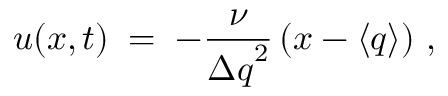
u ( x , t ) \; = \; - \frac { \nu } { { \Delta q } ^ { 2 } } \left( x - \langle q \rangle \right) \, ,